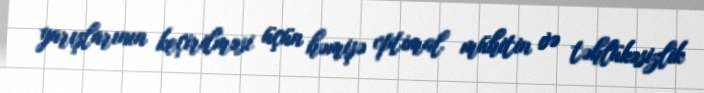
yarışlarının keçirilməsi üçün həmişə optimal mühitin və təhlükəsizlik